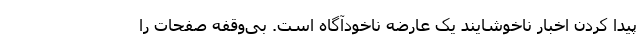
پیدا کردن اخبار ناخوشایند یک عارضه ناخودآگاه است. بی‌وقفه صفحات را